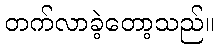
တက်လာခဲ့တော့သည်။